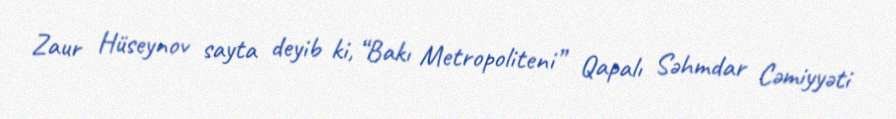
Zaur Hüseynov sayta deyib ki, “Bakı Metropoliteni” Qapalı Səhmdar Cəmiyyəti